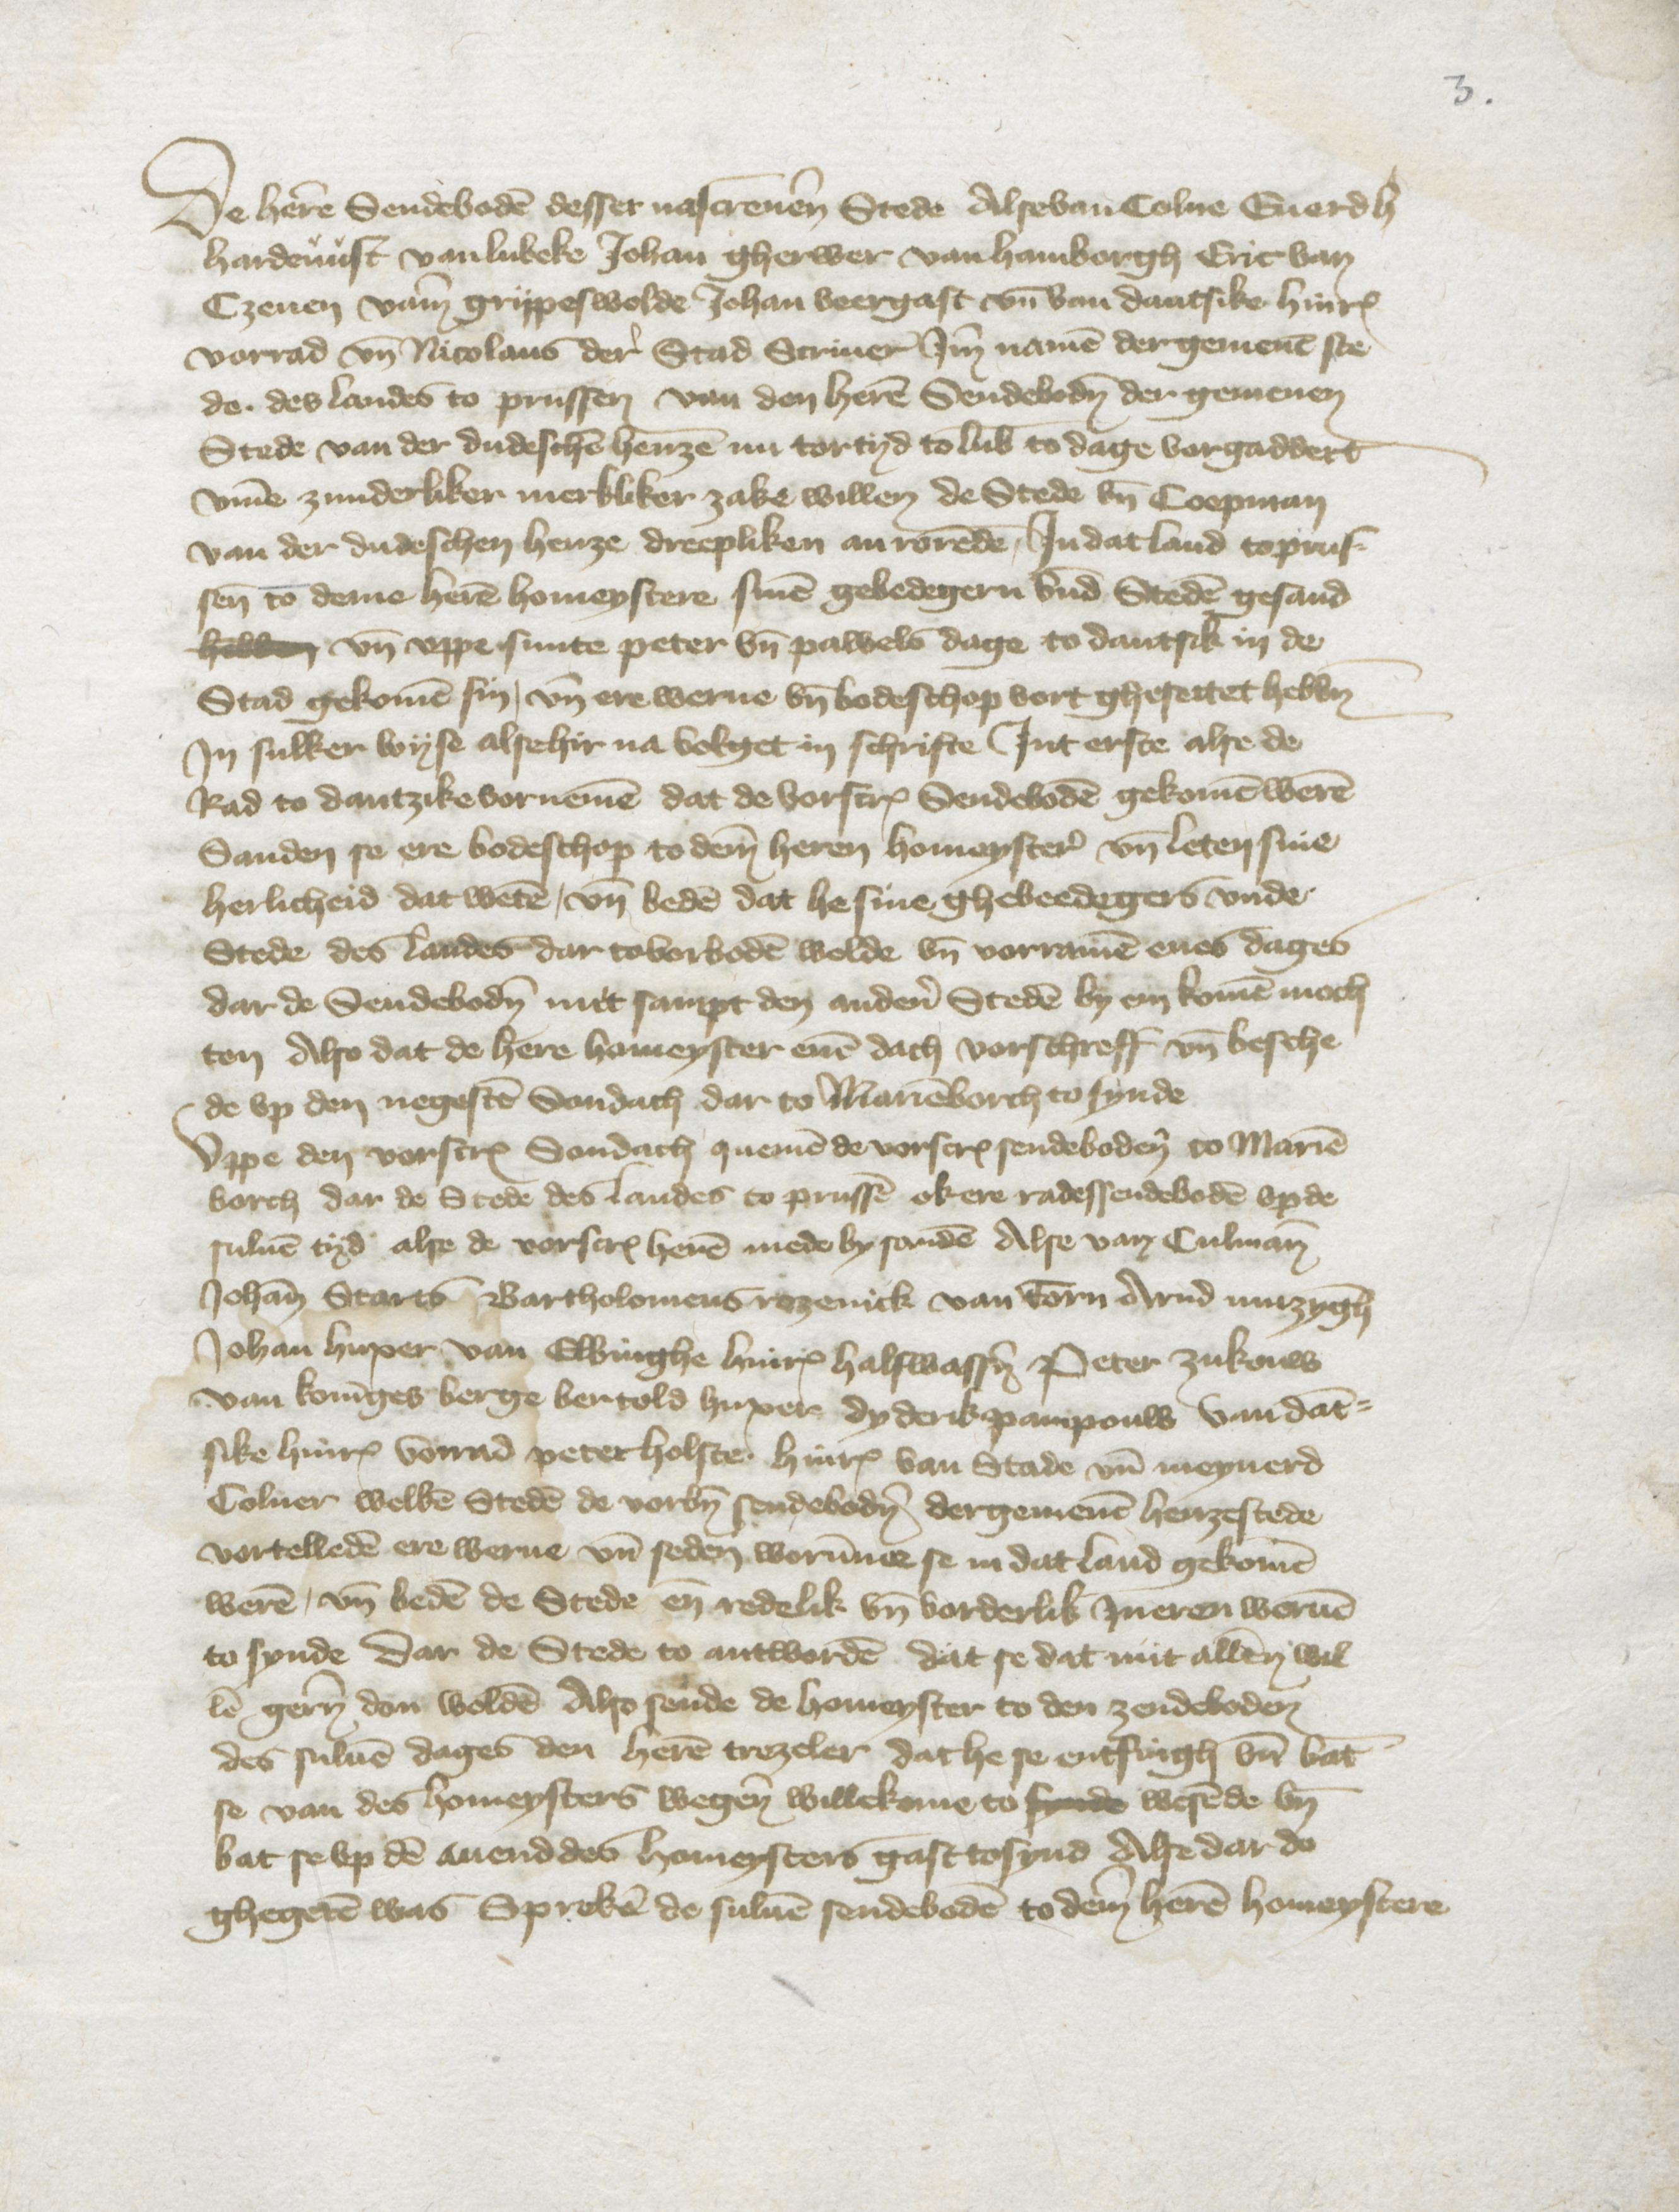
De heren Sendeboden desser nascreuen Stede Alsevan Colne Euerdh
Hardemist van Lubeke Johan Gherwer van Hamborgh Eric van
Tzeuen vame Grypeswolde Johan Veergast vnd van Dantsike Hinrik
vorrad vnd Nicolaus der Stad Scriuer Jm namen der gemenen ste¬
de des landes to Prussen van den heren Sendeboden der gemenen
Stede van der dudeschen henzen nu tortyd to Lubeke to dage vorgaddert
vmme zunderliker merkliker zake willen de Stede vnd Coopman
van der dudeschen henze dreepliken anrorende, Jn dat land to Prus¬
senn to deme heren homeystere sinen gebedegern vnde Steden gesand
hebben vnd vppe sunte Peter vnd Pawels dage to Dantsik in de
Stad gekomen sin, vnd ere werue vnd bodeschop vort ghesettet hebben
Jn sulker wyse alse hir na volget in schrifte Jnt erste alse de
Rad to Dantzike vornemen dat de vorscreuen Sendeboden gekomen weren
Sanden se ere bodeschop to deme heren homeystere vnd leten sine
herlicheid dat weten, vnd beden dat he sine ghebeedegers vnde
Stede des landes dar tovorboden wolde vnd vorramen enes dages
dar de Sendeboden mit sampt den anderen Steden by en komen moch¬
ten Also dat de here homeyster enen dach vorschreff vnd besche¬
de vp den negesten Sondach dar to Marienborch to synde
vppe den vorscreuen Sondach quemen de vorscreuen sendeboden to Marien¬
borch dar de Stede des landes to Prussen ok ere radessendeboden vp de
suluen tyd alse de vorscreuen heren mede by sanden Alse van Culman
Johann Starts Bartholomeus Rozenick van Torn Arnd Nutzyngh
Johan Huxer van Elbinghe Hinrick Halswassen Peter Zukouw
van Koningesberge Bertold Huxer Dyderik Pampouw van Dant¬
sike Hinrick Vorrad Peter Holsten Hinrick van Stade vnd Meynerd
Colner welken Steden de vorbenomeden sendeboden der gemenen henzestede
vortelleden ere werue vnd seden worumme se in dat land gekomen
weren, vnd beden de Stede en redelik vnd vorderlik Jneren weruen
to synde dar de Stede to antworden dat se dat mit allen wil¬
len gerne don wolden Also sende de homeyster to den zendeboden
des suluen dages den heren trezeler dat he se entfingh vnd vant¬
se van des homeysters wegen willekome to synde wesende by
bat se vp den auend des homeysters gast tosynd Alse dar do
ghegeren was Spreken de suluen sendeboden to dem heren homeystere